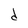
Character: d